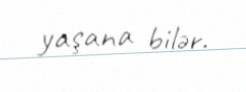
yaşana bilər.